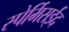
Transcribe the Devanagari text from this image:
स्पेर्मिसईद